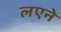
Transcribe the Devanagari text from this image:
लएने